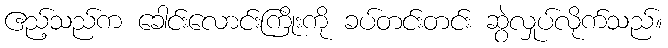
ဧည့်သည်က ခေါင်းလောင်းကြိုးကို ခပ်တင်းတင်း ဆွဲလှုပ်လိုက်သည်။